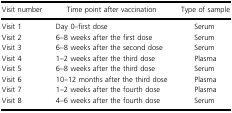
| Visit number | Time point after vaccination | Type of sample |
 | --- | --- | --- |
 | Visit 1 | Day 0–first dose | Serum |
 | Visit 2 | 6–8 weeks after the first dose | Serum |
 | Visit 3 | 6–8 weeks after the second dose | Serum |
 | Visit 4 | 1–2 weeks after the third dose | Plasma |
 | Visit 5 | 6–8 weeks after the third dose | Serum |
 | Visit 6 | 10–12 months after the third dose | Plasma |
 | Visit 7 | 1–2 weeks after the fourth dose | Plasma |
 | Visit 8 | 4–6 weeks after the fourth dose | Serum |